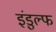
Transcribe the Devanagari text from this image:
इंडुल्फ